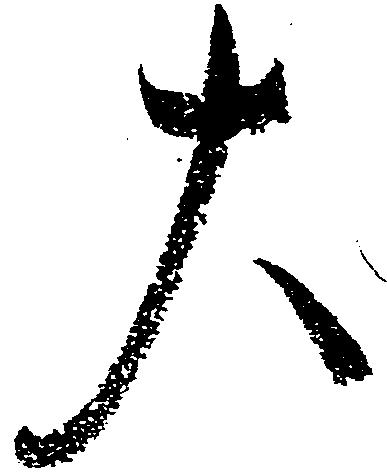
大